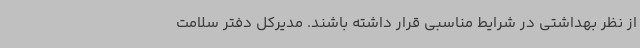
از نظر بهداشتی در شرایط مناسبی قرار داشته باشند. مدیرکل دفتر سلامت